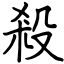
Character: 殺